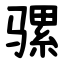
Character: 骡